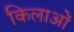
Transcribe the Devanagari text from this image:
किलाओं